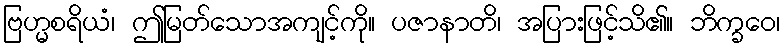
ဗြဟ္မစရိယံ၊ ဤမြတ်သောအကျင့်ကို။ ပဇာနာတိ၊ အပြားဖြင့်သိ၏။ ဘိက္ခဝေ၊